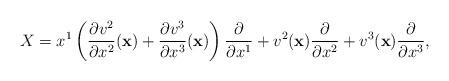
LaTeX: \begin{align*}X=x^1\left(\frac{\partial v^2}{\partial x^2}({\bf x})+\frac{\partial v^3}{\partial x^3}({\bf x})\right)\frac{\partial}{\partial x^1}+v^2({\bf x})\frac{\partial}{\partial x^2}+v^3({\bf x})\frac{\partial}{\partial x^3},\end{align*}